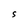
Character: S